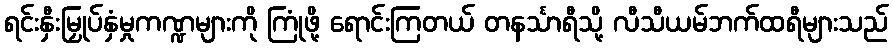
ရင်းနှီးမြှုပ်နှံမှုကဏ္ဍများကို ကြုံဖို့ ရောင်းကြတယ် တနင်္သာရီသို့ လီသီယမ်ဘက်ထရီများသည်